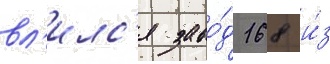
вл'илс'я заво́д 168 и́з